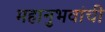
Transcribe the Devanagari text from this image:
महानुभवांची